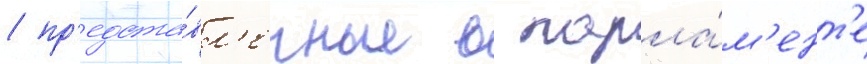
/ пр'едста́вл'енные в парла́м'ент'е